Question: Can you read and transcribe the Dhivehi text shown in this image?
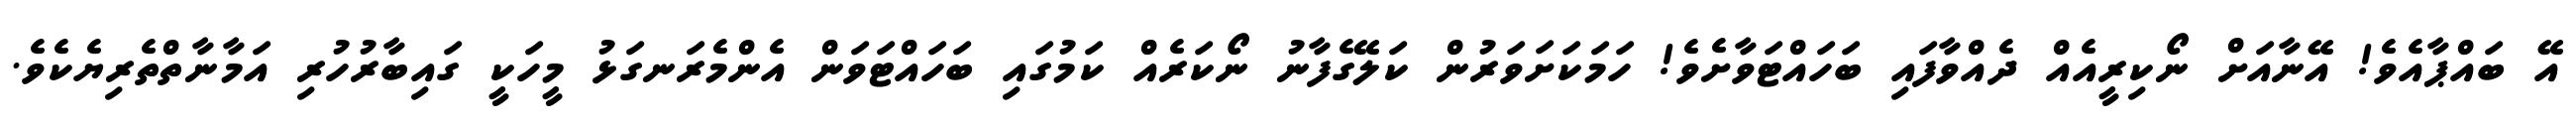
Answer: އޭ ބައްޕާއެވެ! އޭނާއަށް ނޯކިރީއެއް ދެއްވާފައި ބަހައްޓަވާށެވެ! ހަމަކަށަވަރުން ކަލޭގެފާނު ނޯކަރެއް ކަމުގައި ބަހައްޓަވަން އެންމެރަނގަޅު މީހަކީ ގައިބާރުހުރި އަމާނާތްތެރިޔެކެވެ.